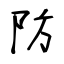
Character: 防